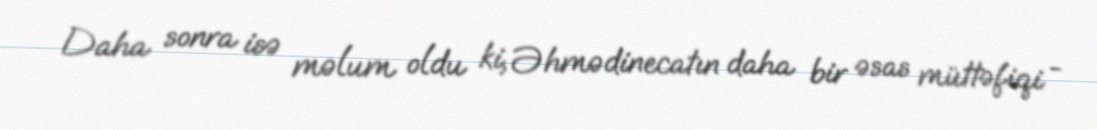
Daha sonra isə məlum oldu ki, Əhmədinecatın daha bir əsas müttəfiqi -